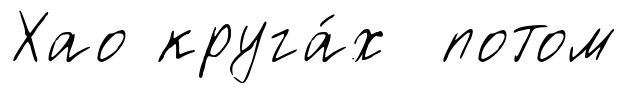
Хао круга́х потом